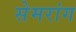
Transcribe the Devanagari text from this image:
सेमरांग